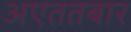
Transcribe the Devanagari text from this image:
अएततबार